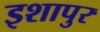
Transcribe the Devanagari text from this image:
इशापुर